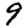
Digit: 9